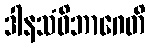
ဒါနသံဝိဘာဂေတိ